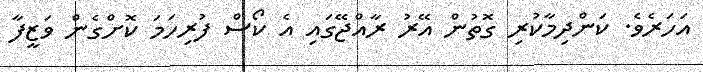
އަހަރެވެ. ކަންދިމާކުރި ގޮތުން އޭރު ރާއްޖޭގައި އެ ކޯސް ފުރިހަމަ ކޮށްގެން ވަޒީފާ